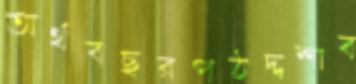
অর্থবছরপঠদ্দশাব